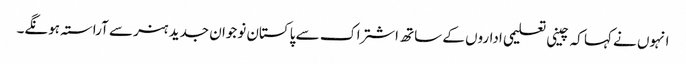
انہوں نے کہا کہ چینی تعلیمی اداروں کے ساتھ اشتراک سے پاکستان نوجوان جدید ہنر سے آراستہ ہونگے۔